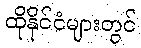
ထိုနိုင်ငံများတွင်